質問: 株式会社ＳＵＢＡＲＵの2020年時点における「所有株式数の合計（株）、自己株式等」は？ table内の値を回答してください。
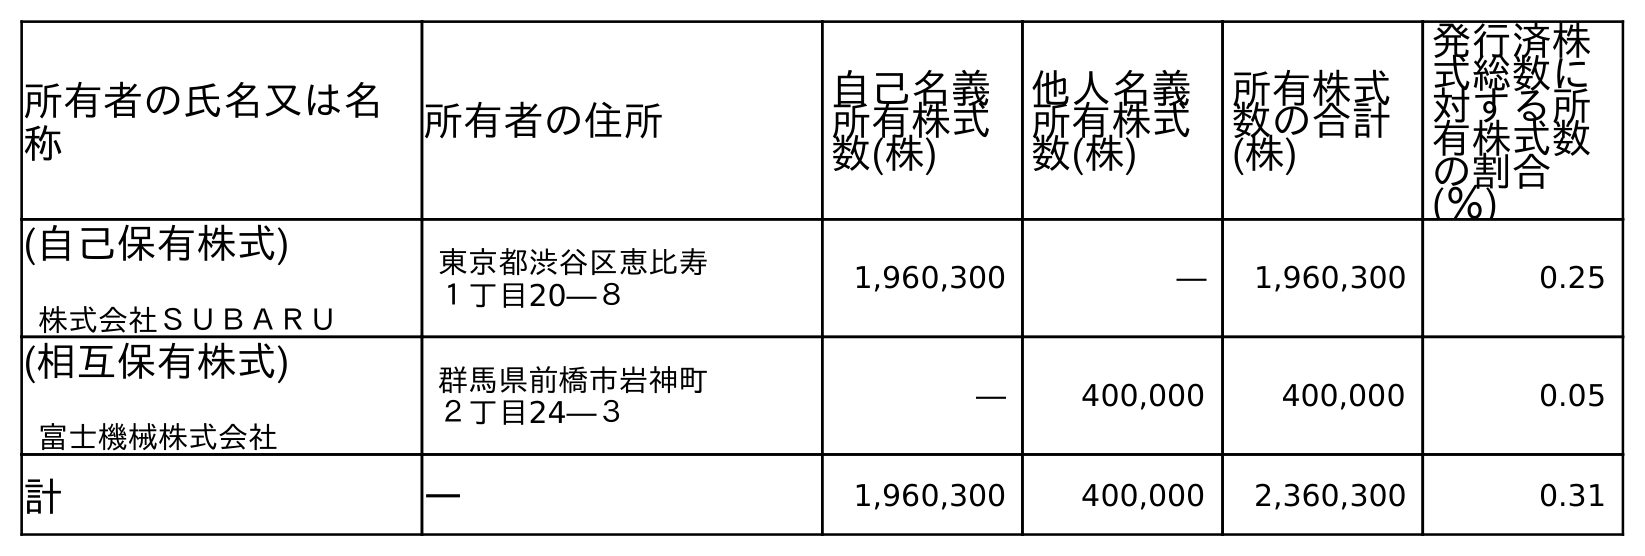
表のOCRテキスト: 所有者の氏名又は名 称 所有者の住所 自己名義 所有株式 数(株) 他人名義 所有株式 数(株) 所有株式 数の合計 (株) 発行済株 式総数に 対する所 有株式数 の割合 (％) (自己保有株式) 株式会社ＳＵＢＡＲＵ 東京都渋谷区恵比寿 １丁目20―８ 1,960,300 ― 1,960,300 0.25 (相互保有株式) 富士機械株式会社 群馬県前橋市岩神町 ２丁目24―３ ― 400,000 400,000 0.05 計 ― 1,960,300 400,000 2,360,300 0.31
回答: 2,360,300